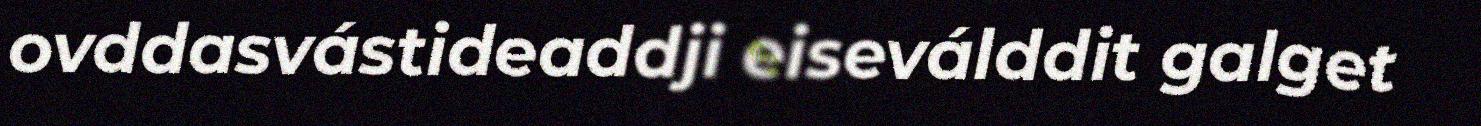
ovddasvástideaddji eiseválddit galget